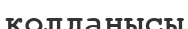
қолданысы